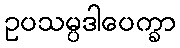
ဥပသမ္ပဒါပေက္ခာ